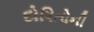
દોષિતોની